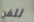
للفن